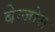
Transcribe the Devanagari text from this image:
बेन्ज़ोस